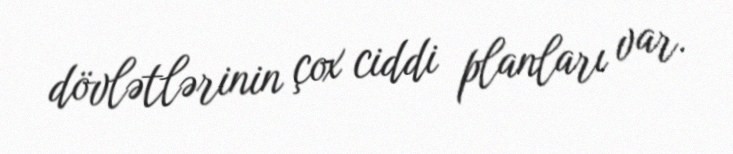
dövlətlərinin çox ciddi planları var.